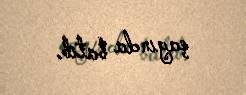
çayında batıb.